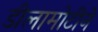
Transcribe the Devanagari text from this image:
डीलामोटीने